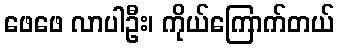
ဖေဖေ လာပါဦး၊ ကိုယ်ကြောက်တယ်